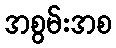
အစွမ်းအစ